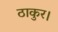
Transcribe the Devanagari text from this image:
ठाकुर।